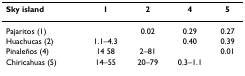
| Sky island | 1 | 2 | 4 | 5 |
 | --- | --- | --- | --- | --- |
 | Pajaritos (1) |  | 0.02 | 0.29 | 0.27 |
 | Huachucas (2) | 1.1–4.3 |  | 0.40 | 0.39 |
 | Pinaleños (4) | 14 58 | 2–81 |  | 0.01 |
 | Chiricahuas (5) | 14–55 | 20–79 | 0.3–1.1 |  |